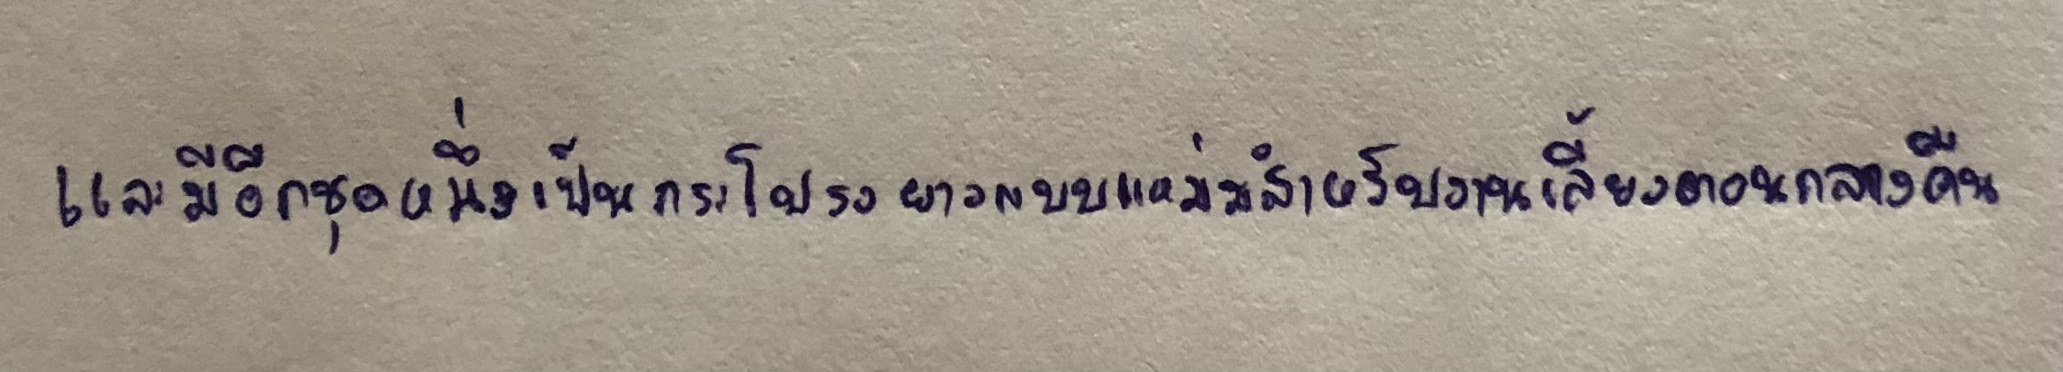
และมีอีกชุดหนึ่งเป็นกระโปรงยาวแบบแหม่มสำหรับงานเลี้ยงตอนกลางคืน